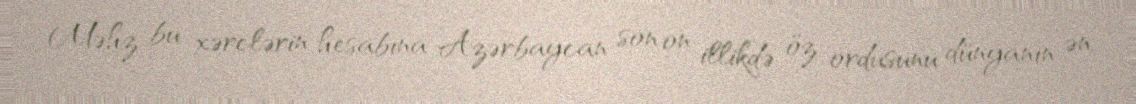
Məhz bu xərclərin hesabına Azərbaycan son on illikdə öz ordusunu dünyanın ən